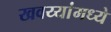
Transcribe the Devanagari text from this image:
खवय्यांमध्ये